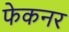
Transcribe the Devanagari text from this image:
फेकनर